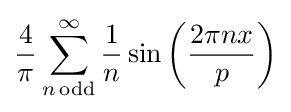
{\frac {4}{\pi }}\sum _{n\,\mathrm {odd} }^{\infty }{\frac {1}{n}}\sin \left({\frac {2\pi nx}{p}}\right)